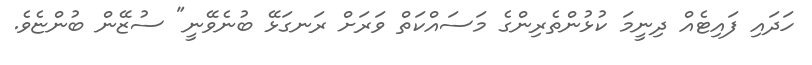
ހަދައި ފައިޓެއް ދިނީމަ ކުޅުންތެރިންގެ މަސައްކަތް ވަރަށް ރަނގަޅޭ ބުނެވޭނީ" ސުޒޭން ބުންޏެވެ.